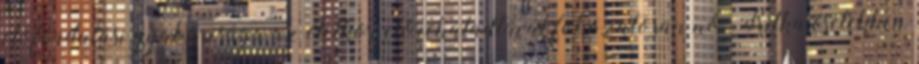
előfordulási gyakorisága az életkor előrehaladtával fokozatosan nő. Ritka esetekben